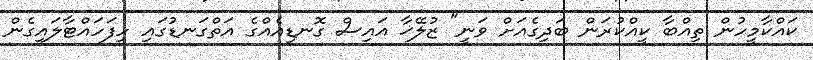
ކައްކާމީހުން ތިއްބާ ކީއްކުރަން ބަދިގެއަށް ވަނީ" ޒުލޭޚާ އައިސް ގޮނޑިއެއްގެ އަތްގަނޑުގައި ހިފަހައްޓާލައިގެން